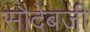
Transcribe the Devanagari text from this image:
सौदेबजी